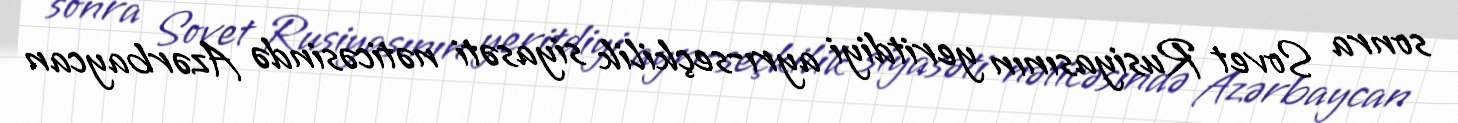
sonra Sovet Rusiyasının yeritdiyi ayrı-seçkilik siyasəti nəticəsində Azərbaycan